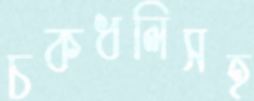
চকধলিসহ